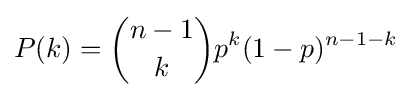
P(k)={n-1 \choose k}p^{k}(1-p)^{n-1-k}